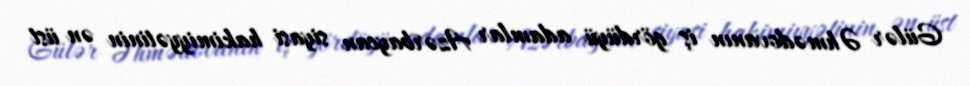
Gülər Əhmədovanın iş gördüyü adamlar Azərbaycan siyasi hakimiyyətinin ən üst